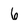
Character: 6